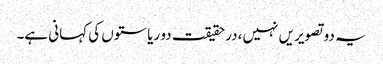
یہ دو تصویریں نہیں، درحقیقت دو ریاستوں کی کہانی ہے۔